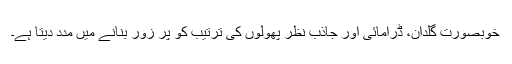
خوبصورت گلدان، ڈرامائی اور جاذبِ نظر پھولوں کی ترتیب کو پُر زور بنانے میں مدد دیتا ہے۔